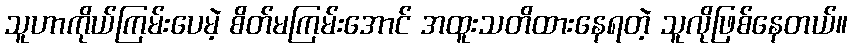
သူဟာကိုယ်ကြမ်းပေမဲ့ စိတ်မကြမ်းအောင် အထူးသတိထားနေရတဲ့ သူလိုဖြစ်နေတယ်။